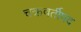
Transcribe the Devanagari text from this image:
चक्रवर्तीपद